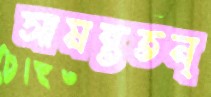
সামন্ততন্